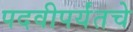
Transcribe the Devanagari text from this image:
पदवीपर्यंतचेे